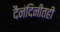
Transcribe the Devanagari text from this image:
दैनंदिनीतही